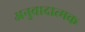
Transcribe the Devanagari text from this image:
अनुवादात्मक